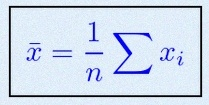
\bar{x}=\frac1n\sum x_i